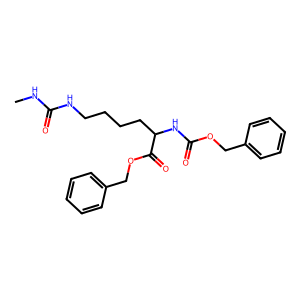
SMILES: CNC(=O)NCCCCC(NC(=O)OCc1ccccc1)C(=O)OCc1ccccc1
Inhibits HIV replication: No